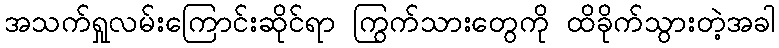
အသက်ရှုလမ်းကြောင်းဆိုင်ရာ ကြွက်သားတွေကို ထိခိုက်သွားတဲ့အခါ